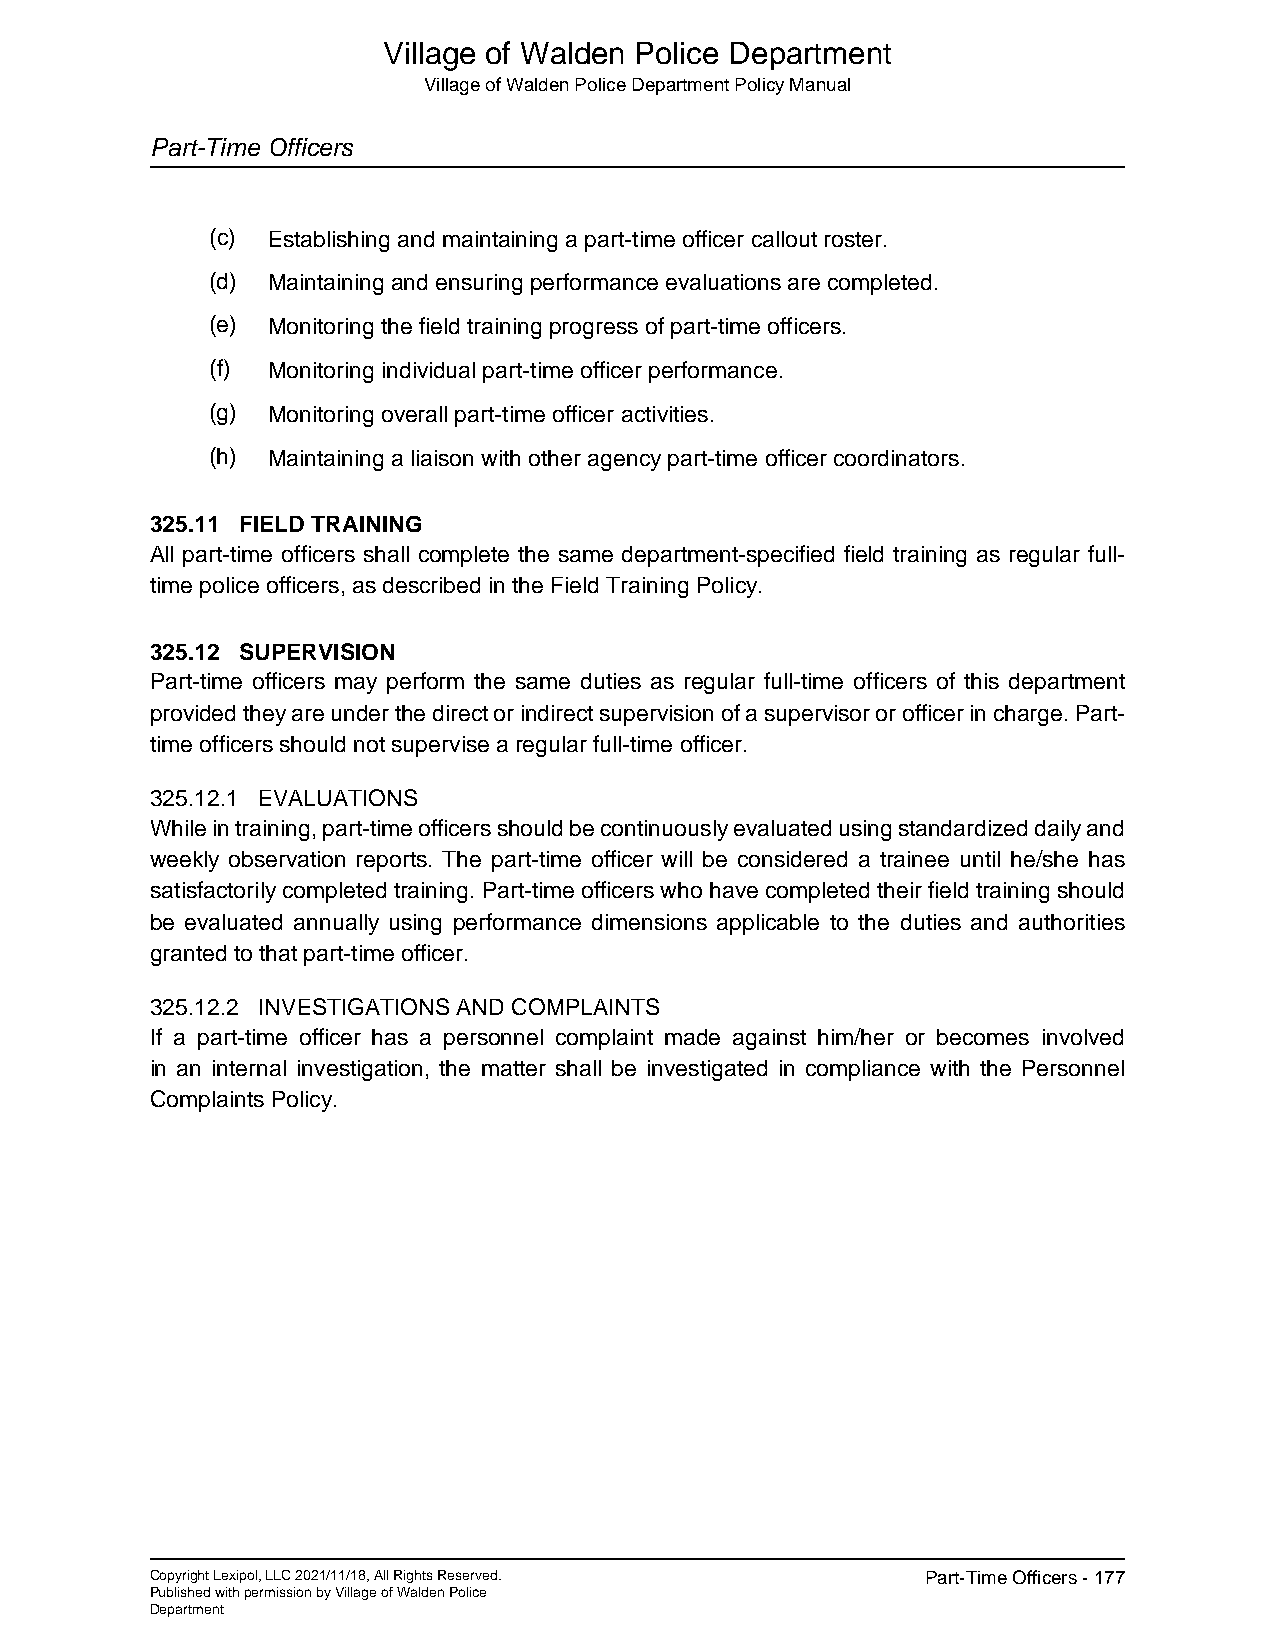
Village of Walden Police Department
 Village of Walden Police Department Policy Manual
 Part-Time Officers
 (c) Establishing and maintaining a part-time officer callout roster.
 (d) Maintaining and ensuring performance evaluations are completed.
 (e) Monitoring the field training progress of part-time officers.
 (f) Monitoring individual part-time officer performance.
 (g) Monitoring overall part-time officer activities.
 (h) Maintaining a liaison with other agency part-time officer coordinators.
 325.11 FIELD TRAINING
 All part-time officers shall complete the same department-specified field training as regular full-
 time police officers, as described in the Field Training Policy.
 325.12 SUPERVISION
 Part-time officers may perform the same duties as regular full-time officers of this department
 provided they are under the direct or indirect supervision of a supervisor or officer in charge. Part-
 time officers should not supervise a regular full-time officer.
 325.12.1 EVALUATIONS
 While in training, part-time officers should be continuously evaluated using standardized daily and
 weekly observation reports. The part-time officer will be considered a trainee until he/she has
 satisfactorily completed training. Part-time officers who have completed their field training should
 be evaluated annually using performance dimensions applicable to the duties and authorities
 granted to that part-time officer.
 325.12.2 INVESTIGATIONS AND COMPLAINTS
 If a part-time officer has a personnel complaint made against him/her or becomes involved
 in an internal investigation, the matter shall be investigated in compliance with the Personnel
 Complaints Policy.
 Copyright Lexipol, LLC 2021/11/18, All Rights Reserved. Part-Time Officers - 177
 Published with permission by Village of Walden Police
 Department